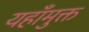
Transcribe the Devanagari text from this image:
यहाँमुक्त